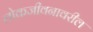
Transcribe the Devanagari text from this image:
लोकजीवनावरील